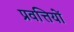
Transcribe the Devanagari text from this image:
प्रवत्तियों